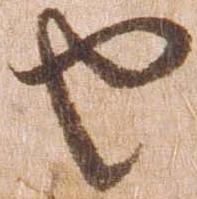
せ